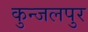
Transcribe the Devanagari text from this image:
कुन्जलपुर